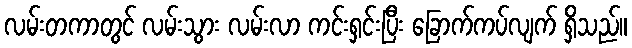
လမ်းတကာတွင် လမ်းသွား လမ်းလာ ကင်းရှင်းပြီး ခြောက်ကပ်လျက် ရှိသည်။